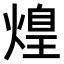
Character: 𤌼